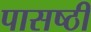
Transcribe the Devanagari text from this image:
पासष्ठी